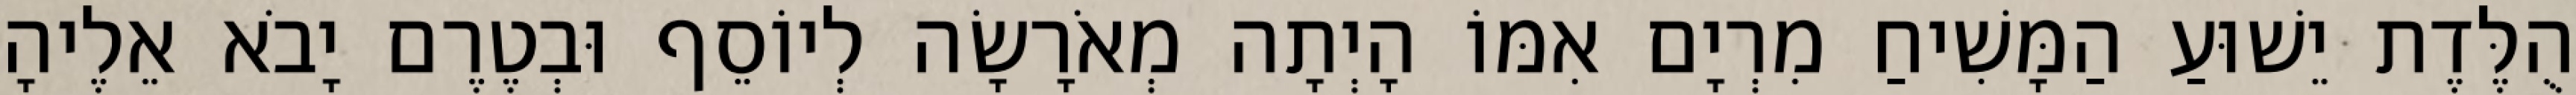
הֻלֶּדֶת יֵשׁוּעַ הַמָּשִׁיחַ מִרְיָם אִמּוֹ הָיְתָה מְאֹרָשָׂה לְיוֹסֵף וּבְטֶרֶם יָבֹא אֵלֶיהָ